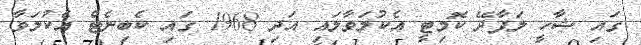
ގައި ޝާހީ ލަފާދޭ ކޮމިޓީ އެކުލަވާލައި އަދި 1968 ގައި ކެބިނެޓް އެކުލަވާ